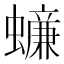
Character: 𧒲